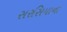
સરસિયાના